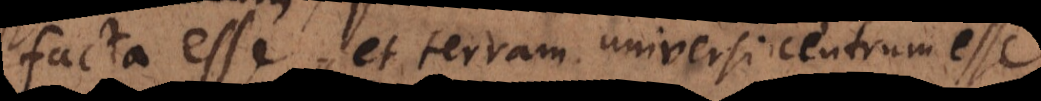
solius et terram universi centrum esse